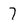
Character: 7